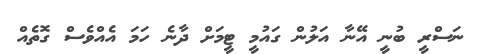
ނަސްރީ ބުނީ އޭނާ އަލުން ގައުމީ ޓީމަށް ދާނެ ހަމަ އެއްވެސް ގޮތެއް